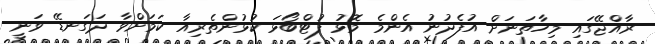
ރާއްޖޭގައި މިހާތަނަށް އުފެދުނު އެންމެ މޮޅު ފުޓްބޯޅަ ކުޅުންތެރިއާ ކަމަށްވާ ދަގަނޑޭ ވަނީ